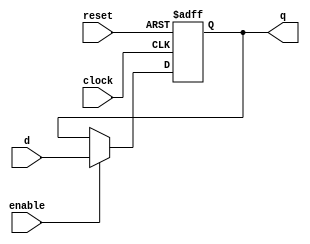
`timescale 1ns / 1ps
//////////////////////////////////////////////////////////////////////////////////
// Company: 
// Engineer: 
// 
// Design Name: 
// Module Name:    register 
// Project Name: 
// Target Devices: 
// Tool versions: 
// Description: 
//
// Dependencies: 
//
// Revision: 
// Revision 0.01 - File Created
// Additional Comments: 
//
//////////////////////////////////////////////////////////////////////////////////
`ifndef _register
`define _register

module register(clock, reset, enable, d, q);

parameter WIDTH = 8 ;
parameter RESET = 0 ;

input clock;
input reset;
input enable;
input [WIDTH-1:0] d;
output [WIDTH-1:0] q;
reg [WIDTH-1:0] q;
initial q = RESET;

always @ (negedge clock, posedge reset)
  begin
  if(reset)
		q <= RESET;
  else if(enable)
	   q <= d;
  end
endmodule

`endif